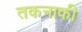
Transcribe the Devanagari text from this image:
तकनाकी